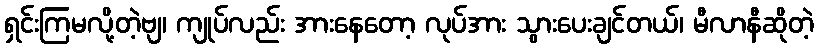
ရှင်းကြမလို့တဲ့ဗျ၊ ကျုပ်လည်း အားနေတော့ လုပ်အား သွားပေးချင်တယ်၊ မီလာနီဆိုတဲ့